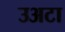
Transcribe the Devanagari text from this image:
उअटा